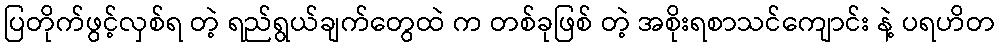
ပြတိုက်ဖွင့်လှစ်ရ တဲ့ ရည်ရွယ်ချက်တွေထဲ က တစ်ခုဖြစ် တဲ့ အစိုးရစာသင်ကျောင်း နဲ့ ပရဟိတ